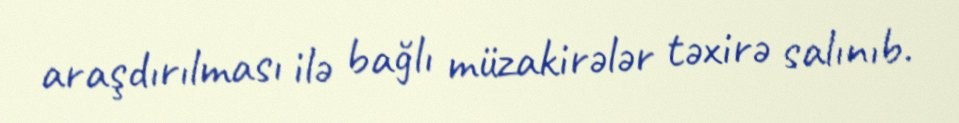
araşdırılması ilə bağlı müzakirələr təxirə salınıb.